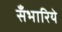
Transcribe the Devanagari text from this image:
सँभारिये